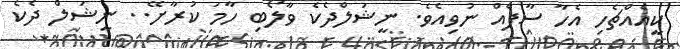
ކީއެއްޗެހި އެހާ ސާފެއް ނުވިއެވެ. ނީޝަލްދެކެ ވާލޯބި ހާމަ ކުރާށޭ.. ނީޝަލް ދެކެ